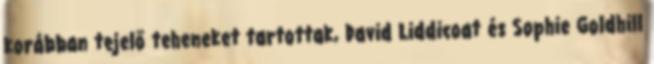
korábban tejelő teheneket tartottak, David Liddicoat és Sophie Goldhill